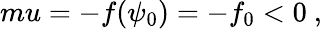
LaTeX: \begin{array}{rlr}{mu=-f(\psi_{0})=-f_{0}<0~,}\end{array}